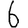
Digit: 6